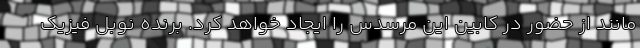
مانند از حضور در کابین این مرسدس را ایجاد خواهد کرد. برنده نوبل فیزیک